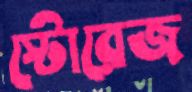
স্টোরেজ